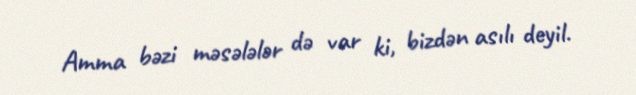
Amma bəzi məsələlər də var ki, bizdən asılı deyil.